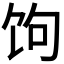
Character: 𬲯